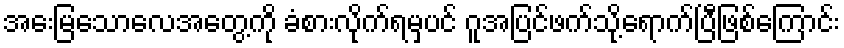
အေးမြသောလေအတွေ့ကို ခံစားလိုက်ရမှပင် ဂူအပြင်ဖက်သို့ရောက်ပြီဖြစ်ကြောင်း